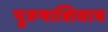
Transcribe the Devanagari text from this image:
पुरुषाशिवाय